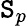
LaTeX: \mathtt{S}_{p}